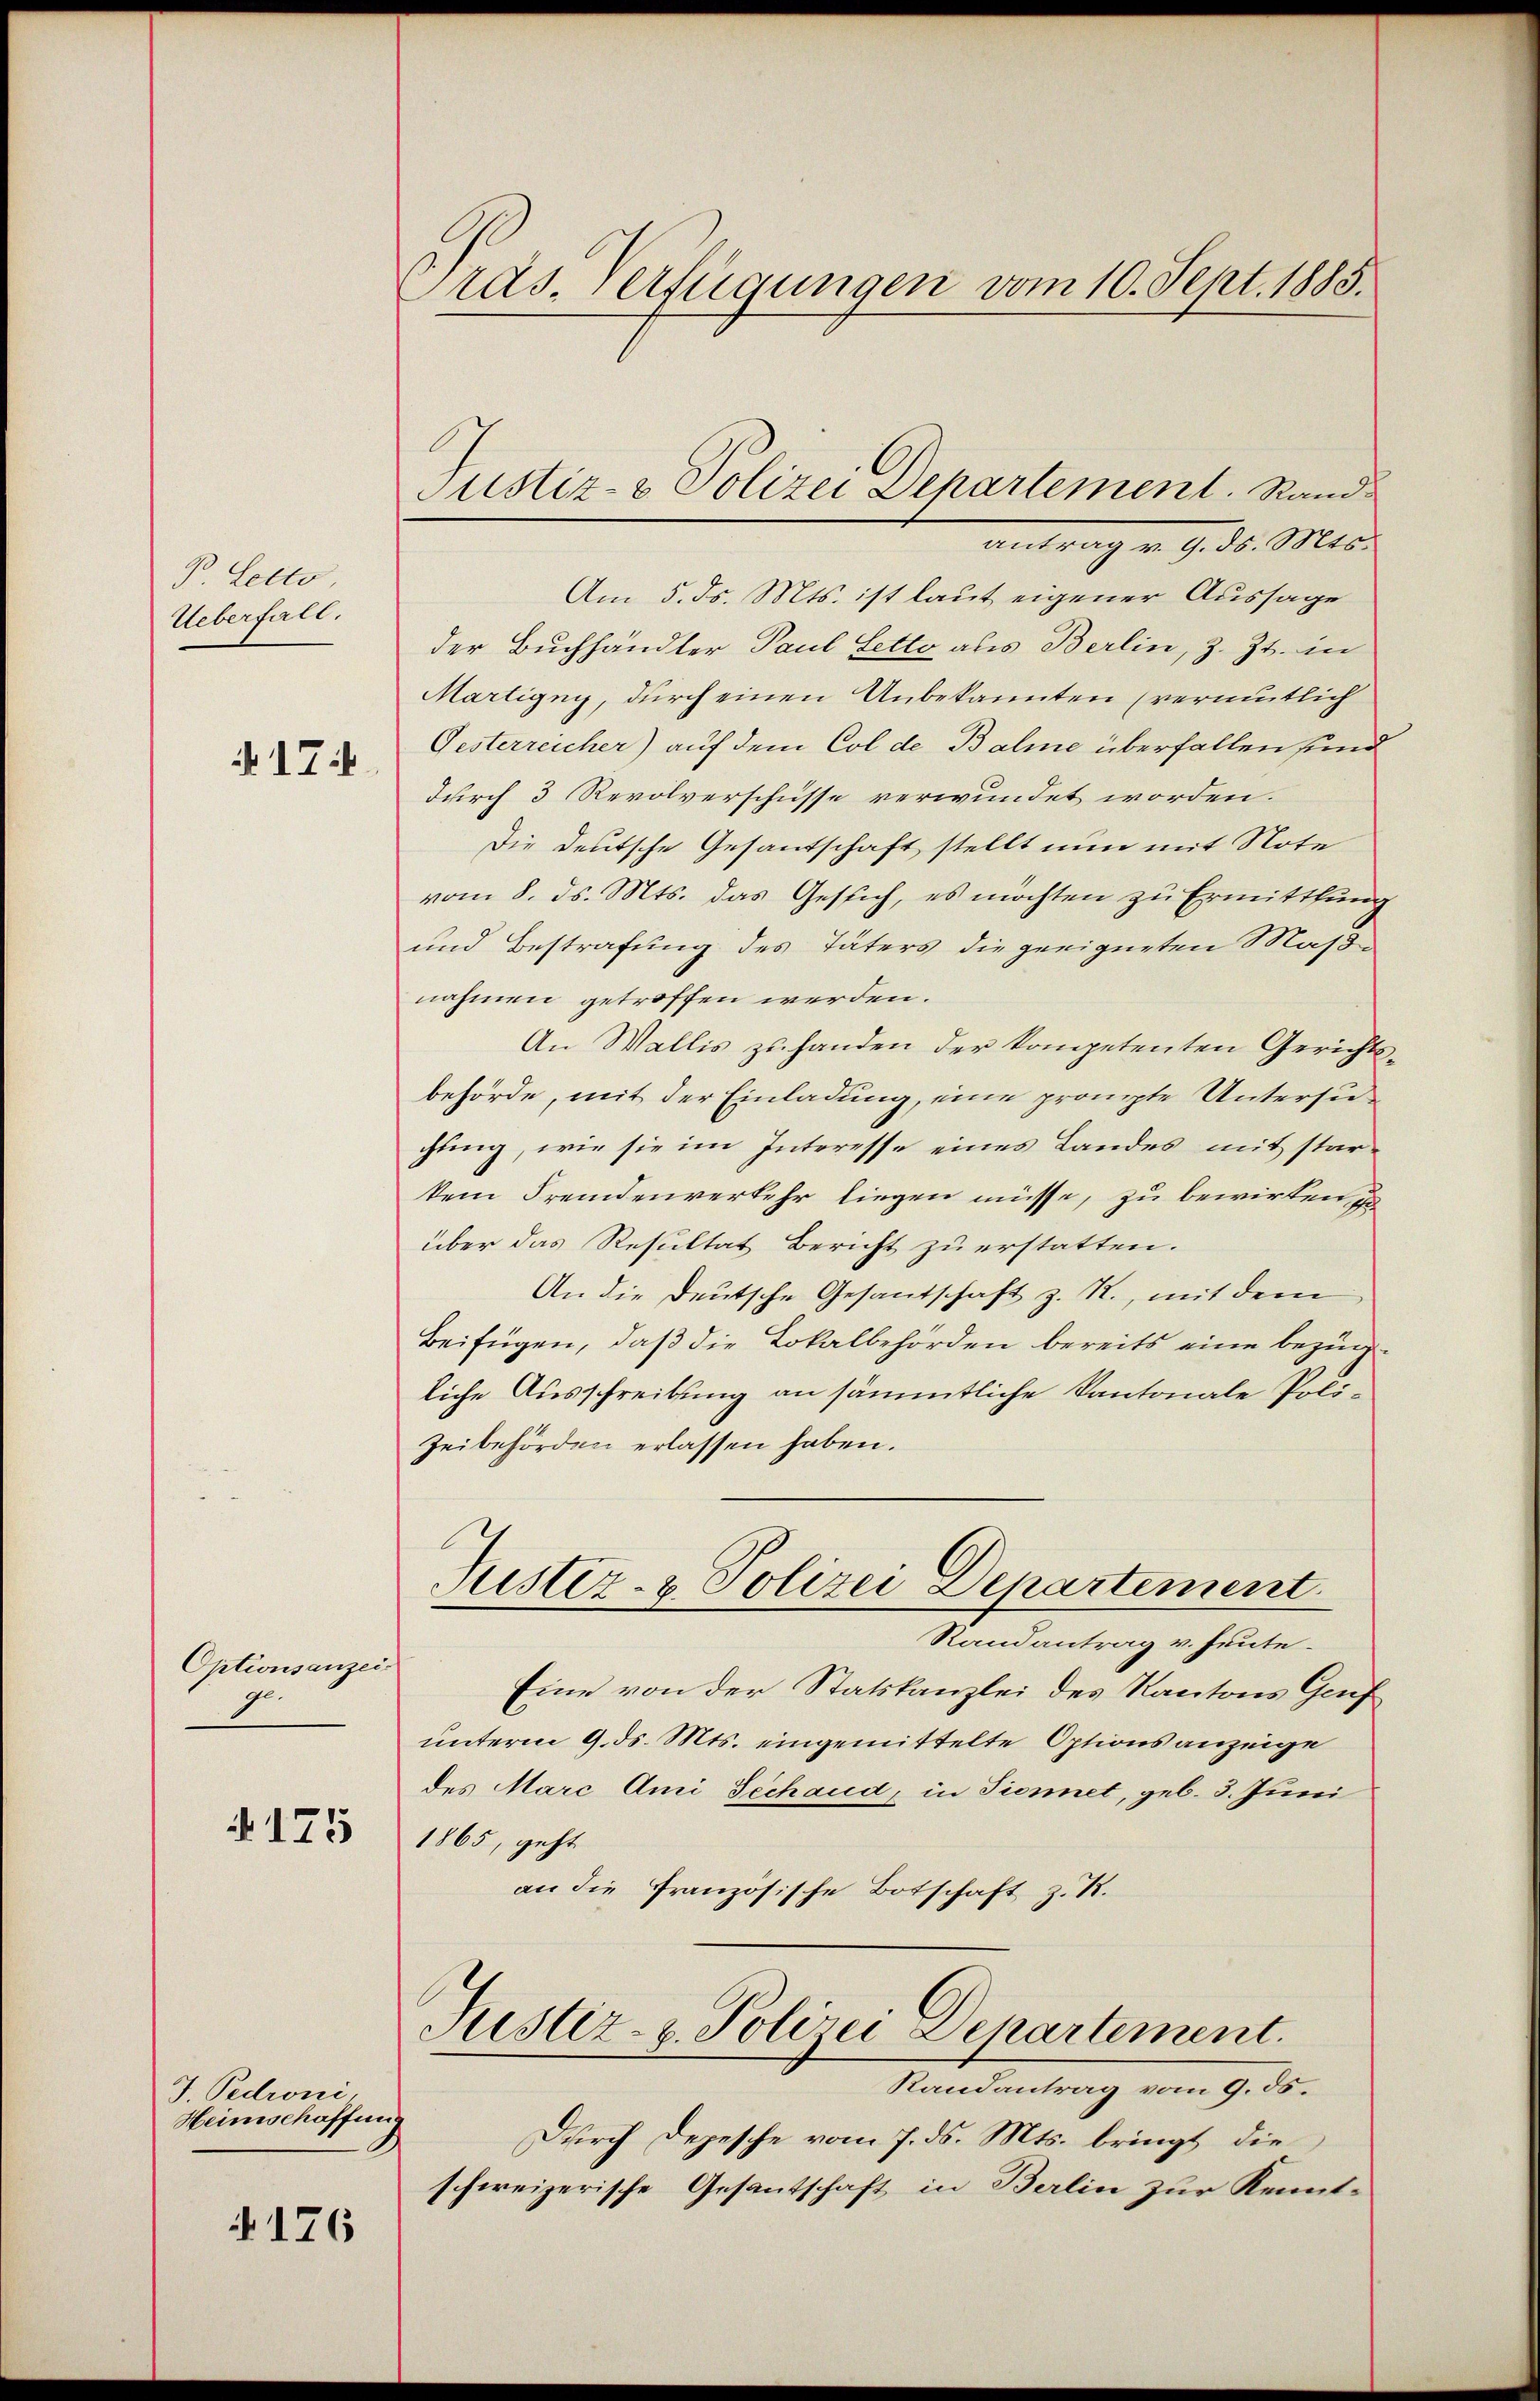
B. Letto
Ueberfall.

N 17

Optionsanzei
ge.

175

J. Pedroni,
Heimschaffung

176

ras. Verfügungen vom 10. Sept. 1885.

Justiz- & Polizei Departement. Stand
antrag v. 9. d. Mts.

Am 5. ds. Mts. ist laut eigener Aussage
der Buchhändler Paul Letto als Berlin, z. Zt. in
Martigny, durch einen Unbekannten (vermutlich
Gesterreicher) auf dem Col de Balme überfallen sind
durch 3 Revolverschüsse verwundet worden.
Die deutsche Gesandtschaft stellt nun mit Note
vom 8. ds. Mts. das Gesuch, es möchten zu Ermittlung
und Bestrafung des Täters die geeigneten Maß-
nahmen getroffen werden.
An Wallis zuhanden der kompetenten Gerichtsbehörde, mit der Einladung, eine prompte Untersuchung, wie sie im Interesse eines Landes mit starkein Fremdenverkehr liegen müsse, zu bewirken zu
über das Resultat Bericht zu erstatten.
An die Deutsche Gesandschaft z. R., mit dem
Beifügen, daß die Lokalbehörden bereits eine bezügliche Ausschreibung an sämmtliche Kantonale Poli¬
Zeibehörden erlassen haben.
Justiz- & Polizei Departement
Randantrag v. heute.
Eine von der Statskanzlei des Kantons Genf
unterm 9. ds. Mts. eingemittelte Options anzeige
des Marc Ami Sechaud, in Tiennet, geb. 3. Juni
1865, geht
an die Französische Botschaft z. B.
Justiz- & Polizei Departement.
Randantrag vom 9. 35.
Durch Depesche vom 7. ds. Mts. bringt die
schweizerische Gesantschaft in Berlin zur Kennt-